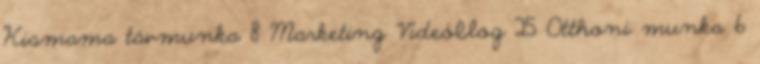
Kismama távmunka 8 Marketing Videóblog 25 Otthoni munka 6